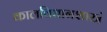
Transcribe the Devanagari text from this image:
कालविधानशास्त्रं